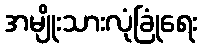
အမျိုးသားလုံခြုံရေး